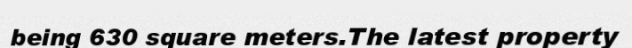
being 630 square meters.The latest property